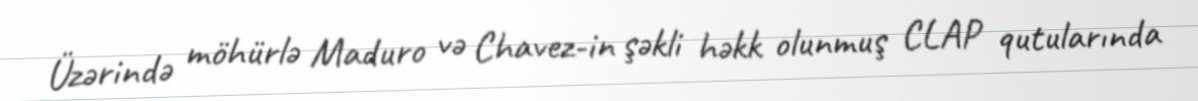
Üzərində möhürlə Maduro və Chavez-in şəkli həkk olunmuş CLAP qutularında